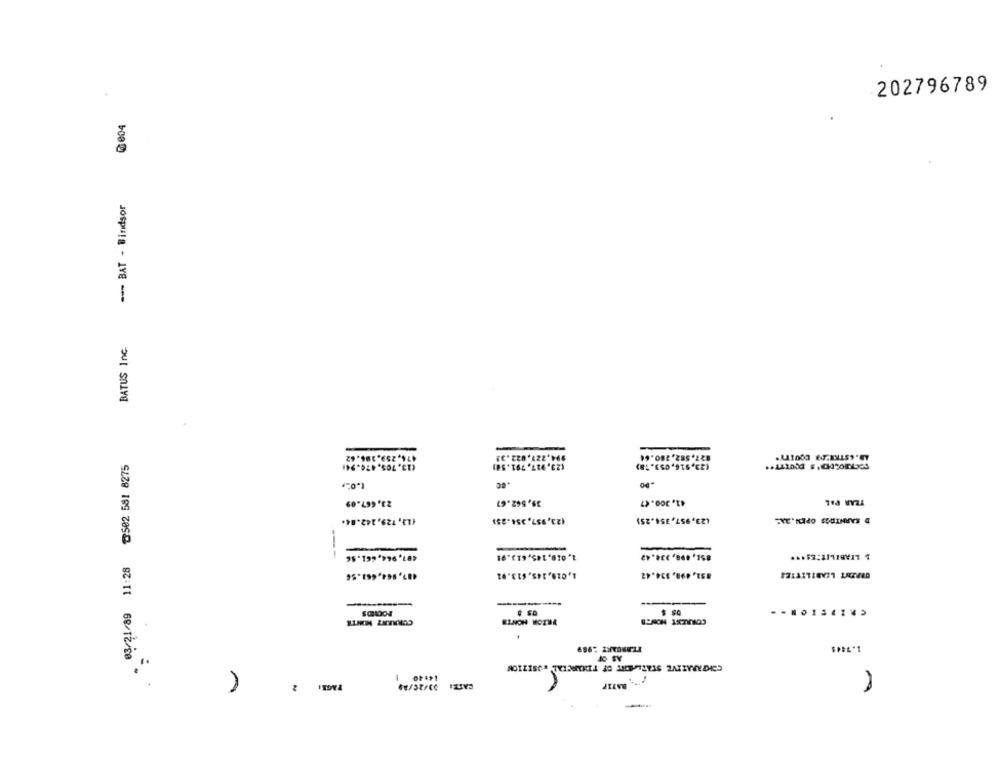
202796789
--- BAT - Windsor
BATUS Inc.
IRS " T6L "LEG "CZ)
23,667.69
TEAR PAL
413,129,242.84.
IST"ISE "LS6"E2)
-
---
407,964,661.96
16"ET9"SeL'810't
1,019,145,613.91
851, 498, 334.42
OBRENT LIABILITIES
--------
ELNON MOTHA
Jo SY
BATIP